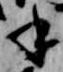
千